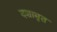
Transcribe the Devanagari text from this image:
दशामृत